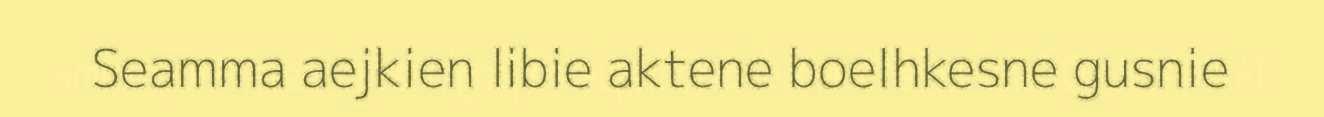
Seamma aejkien libie aktene boelhkesne gusnie